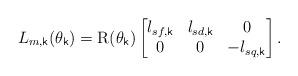
LaTeX: \begin{align*} L_{m,\mathsf{k}}(\theta_\mathsf{k}) = \mathrm{R}(\theta_\mathsf{k}) \begin{bmatrix} l_{sf,\mathsf{k}} & l_{sd,\mathsf{k}} & 0 \\ 0 & 0 &-l_{sq,\mathsf{k}} \end{bmatrix}.\end{align*}